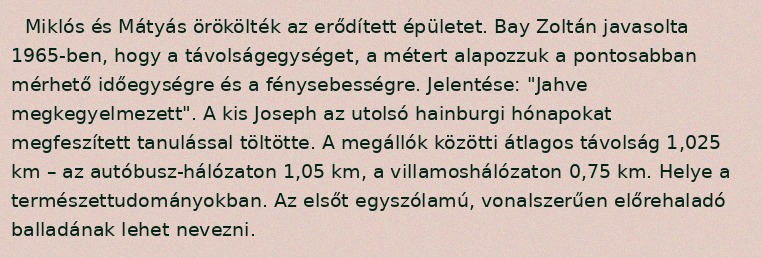
Miklós és Mátyás örökölték az erődített épületet. Bay Zoltán javasolta 1965-ben, hogy a távolságegységet, a métert alapozzuk a pontosabban mérhető időegységre és a fénysebességre. Jelentése: "Jahve megkegyelmezett". A kis Joseph az utolsó hainburgi hónapokat megfeszített tanulással töltötte. A megállók közötti átlagos távolság 1,025 km – az autóbusz-hálózaton 1,05 km, a villamoshálózaton 0,75 km. Helye a természettudományokban. Az elsőt egyszólamú, vonalszerűen előrehaladó balladának lehet nevezni.